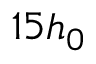
1 5 h _ { 0 }